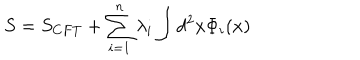
S = S _ { C F T } + \sum _ { i = 1 } ^ { n } \lambda _ { i } \int d ^ { 2 } x \Phi _ { i } ( x )